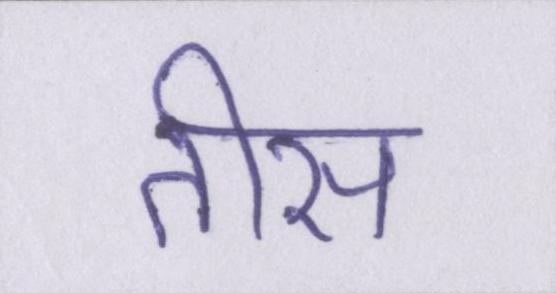
तीस